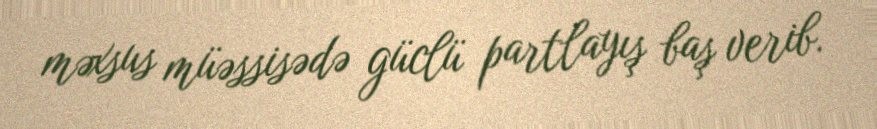
məxsus müəssisədə güclü partlayış baş verib.